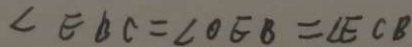
\angle E B C = \angle O E B = \angle E C B